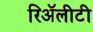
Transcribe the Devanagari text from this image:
रिॲलीटी